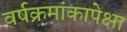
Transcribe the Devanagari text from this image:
वर्षक्रमांकापेक्षा